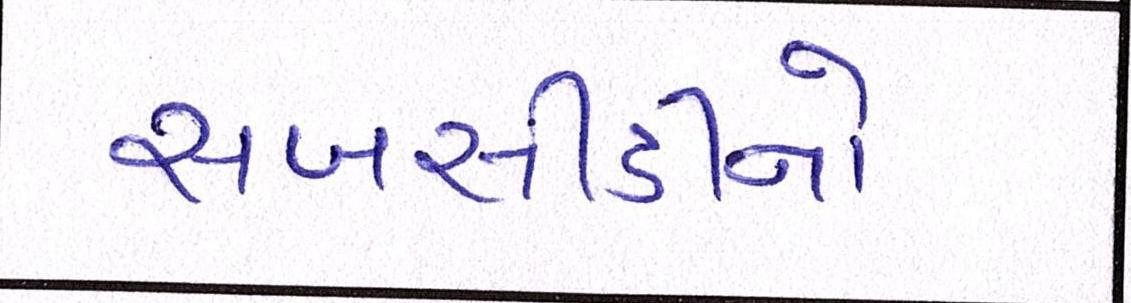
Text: સબસીડીનો